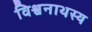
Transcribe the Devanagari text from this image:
विश्वनाथस्य